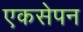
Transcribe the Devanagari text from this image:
एकसेपन